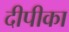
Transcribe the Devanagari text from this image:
दीपीका